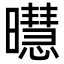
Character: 㬩